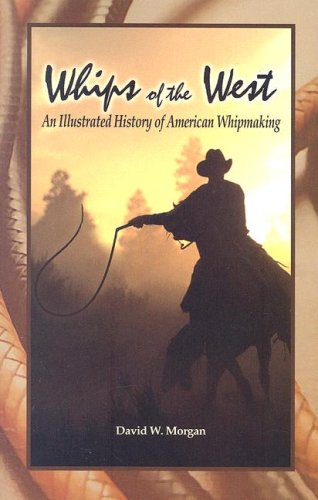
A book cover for Whips of the West: An Illustrated History of American Whipmaking; David W. Morgan; Crafts, Hobbies & Home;